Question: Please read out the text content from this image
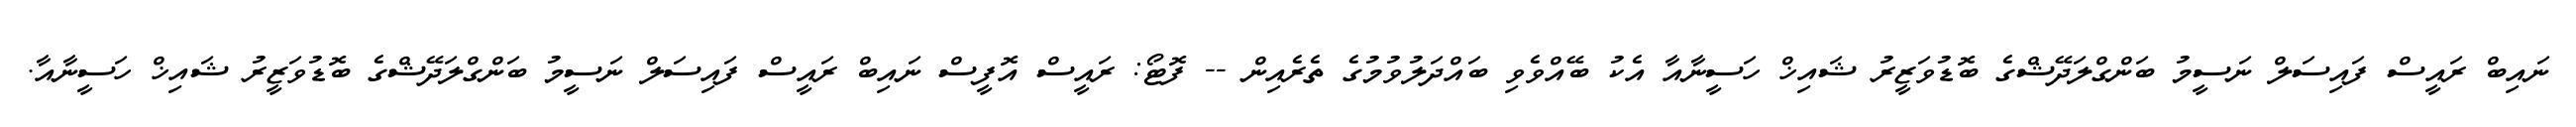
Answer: ނައިބް ރައީސް ފައިސަލް ނަސީމު ބަންގްލަދޭޝްގެ ބޮޑުވަޒީރު ޝައިޚް ހަސީނާއާ އެކު ބޭއްވެވި ބައްދަލުވުމުގެ ތެރެއިން -- ފޮޓޯ: ރައީސް އޮފީސް ނައިބް ރައީސް ފައިސަލް ނަސީމު ބަންގްލަދޭޝްގެ ބޮޑުވަޒީރު ޝައިޚް ހަސީނާއާ.